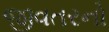
જીવતરનો